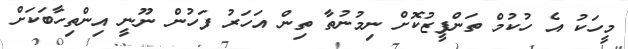
މީހަކު އެ ހުކުމް ތަންފީޒުކޮށް ނިމުނުތާ ތިން އަހަރު ފަހުން ނޫނީ އިންތިހާބަކަށް